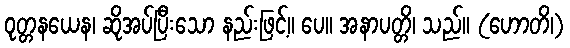
ဝုတ္တနယေန၊ ဆိုအပ်ပြီးသော နည်းဖြင့်။ ပေ။ အနာပတ္တိ၊ သည်။ (ဟောတိ၊)